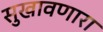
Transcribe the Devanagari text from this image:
सुखावणारा